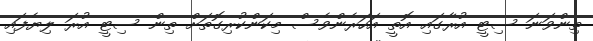
ތިންވަނަ ސިޓީ އުރާގައި އޮތީ އަހަރެންވެސް މިކަންކުރިގޮތަށް ތިން ސިޓީ އުރަ ލިޔެފައި